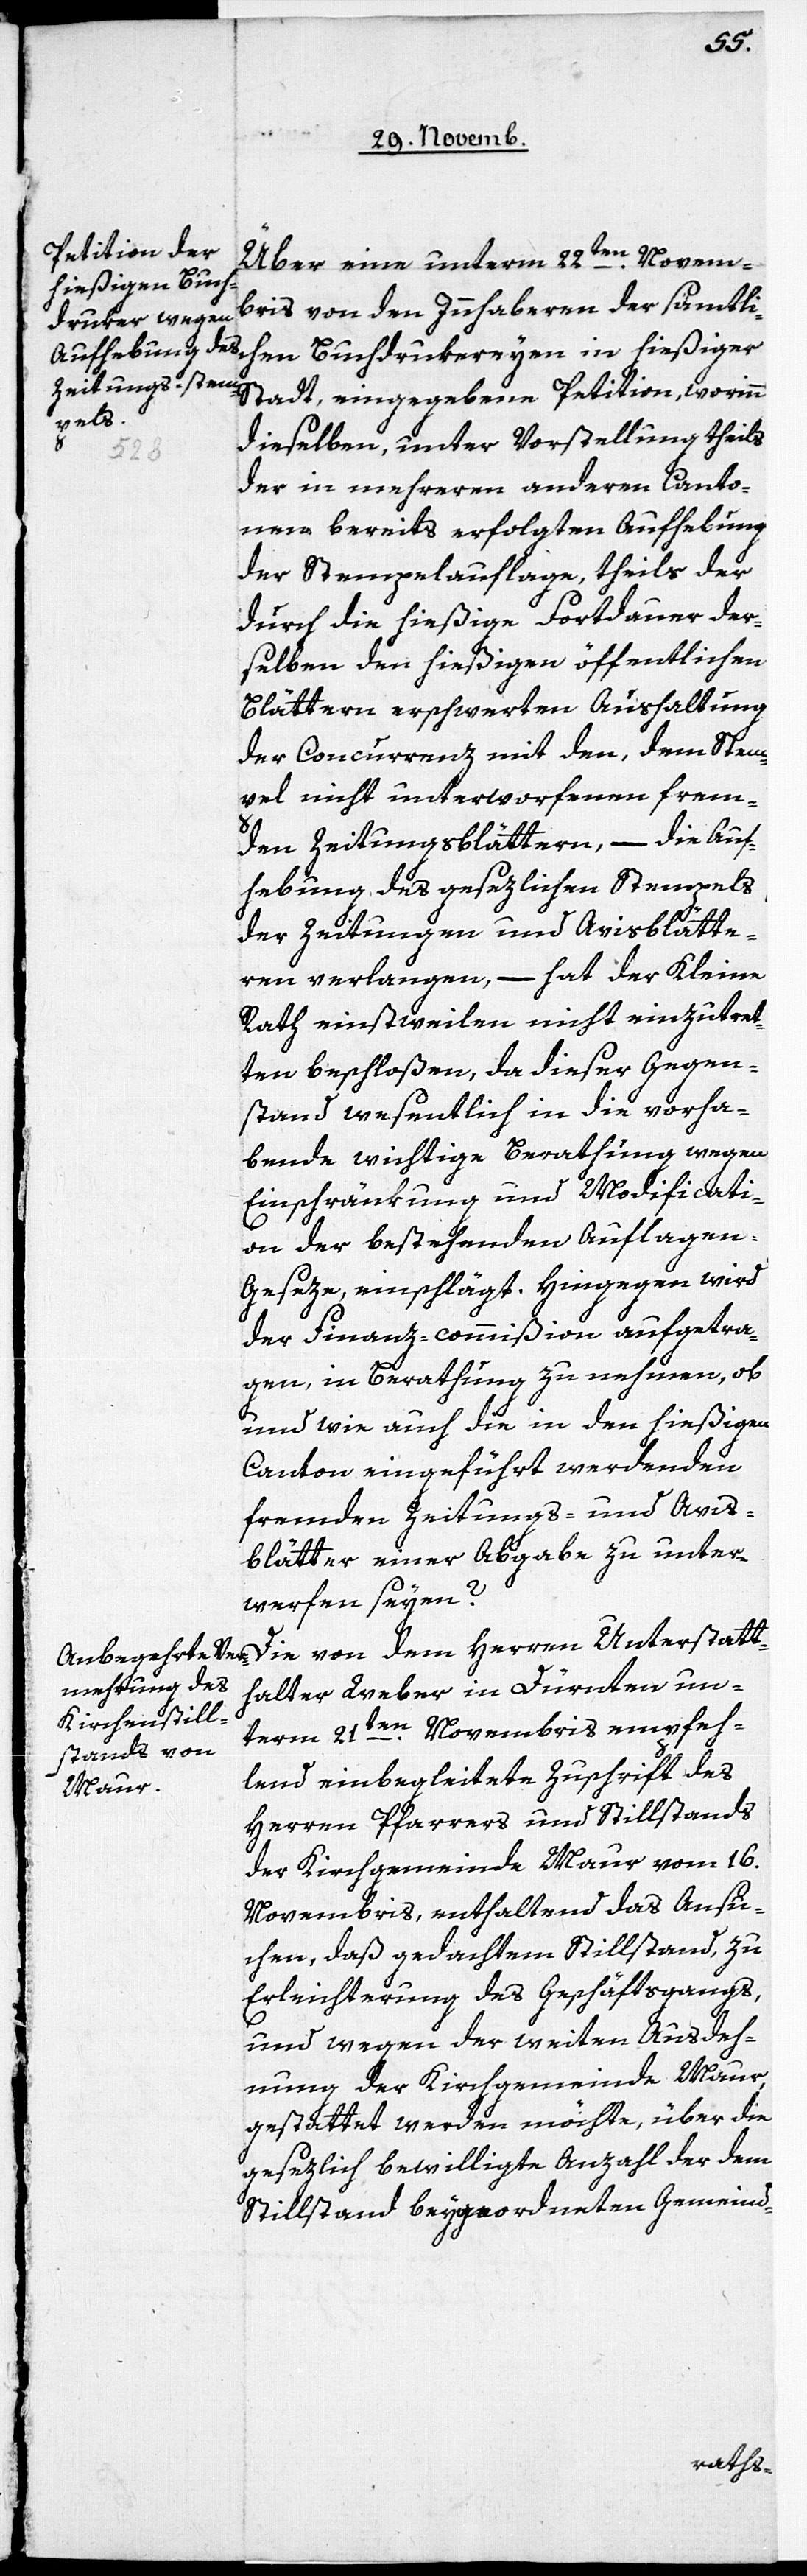
Über eine unterm 22ten. Novem¬
bris von den Innhaberen der sämmtlic¬
hen Buchdrukereyen in hießiger
Stadt eingegebene Petiton, worinn
dieselben, unter Vorstellung theils
der in mehreren anderen Canto¬
nen bereits erfolgten Aufhebung
der Stempelauflage, theils der
durch die hießige Fortdauer der¬
selben den hießigen öffentlichen
Blättern erschwerten Aushaltung
der Concurrenz mit den, dem Stem¬
pel nicht unterworfenen frem¬
den Zeitungsblättern, – die Auf¬
hebung des gesezlichen Stempels
der Zeitungen und Avisblätte¬
ren verlangen, – hat der Kleine
Rath einstweilen nicht einzutret¬
ten beschloßen, da dieser Gegen¬
stand wesentlich in die vorha¬
bende wichtige Berathung wegen
Einschränkung und Modificati¬
on der bestehenden Auflagen-G¬
eseze, einschlägt. Hingegen wird
der Finanz-commißion aufgetra¬
gen, in Berathung zu nehmen, ob
und wie auch die in den hießigen
Canton eingeführt werdenden
fremden Zeitungs- und Avis¬
blätter einer Abgabe zu unter¬
werfen seyen?
Die von dem Herren Unterstatt¬
halter Weber in Dürnten un¬
term 21ten. Novembris empfeh¬
lend einbegleitete Zuschrift des
Herrn Pfarrers und Stillstands
der Kirchgemeinde Maur vom 16.
Novembris, enthaltend das Ansu¬
chen, daß gedachtem Stillstand, zu
Erleichterung des Geschäftsgangs,
und wegen der weiten Ausdeh¬
nung der Kirchgemeinde Maur,
gestattet werden möchte, über die
gesezlich bewilligte Anzahl der dem
Stillstand beygeordneten Gemeind-